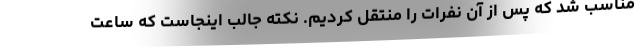
مناسب شد که پس از آن نفرات را منتقل کردیم. نکته جالب اینجاست که ساعت